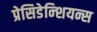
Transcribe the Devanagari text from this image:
प्रेसिडेन्शियन्स